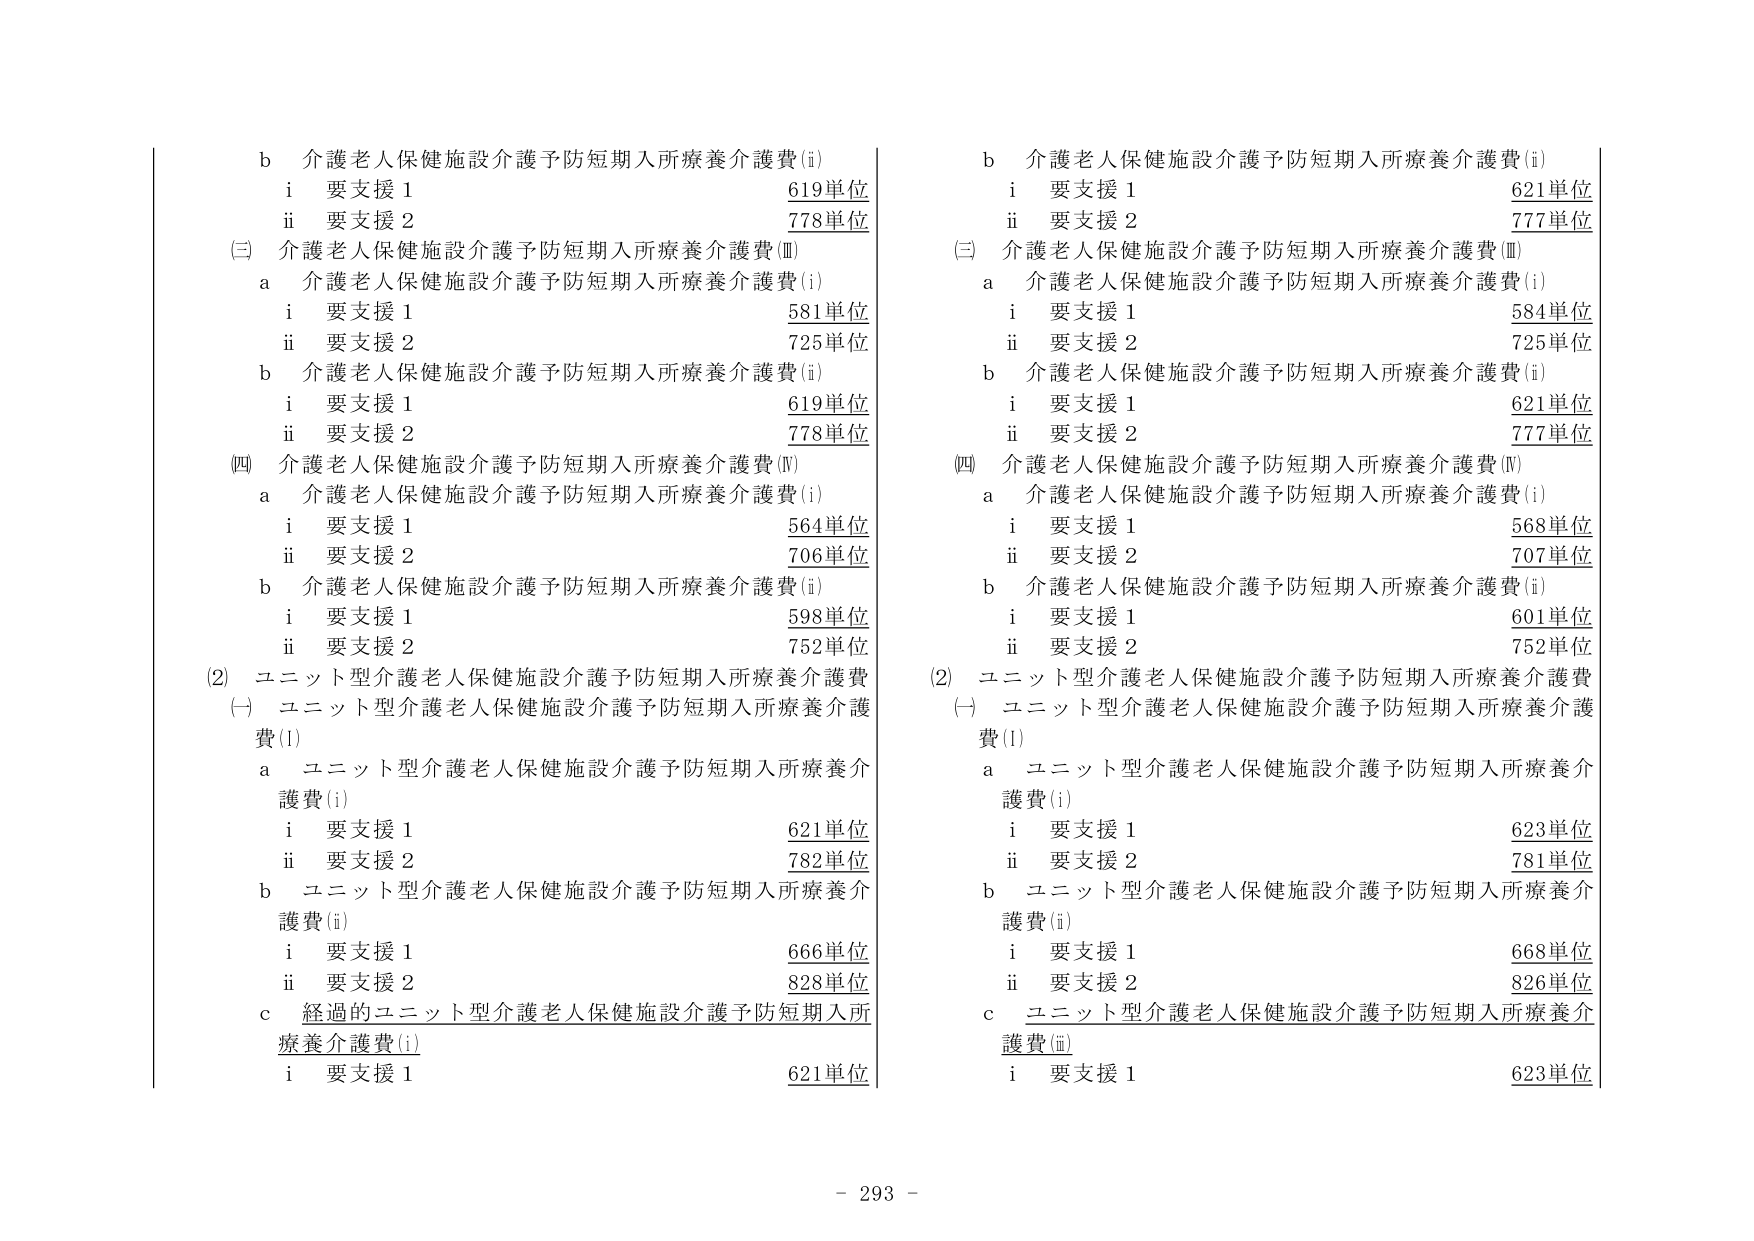
b 介護老人保健施設介護予防短期入所療養介護費(i)
　i 要支援1 619単位
　ii 要支援2 778単位
(三) 介護老人保健施設介護予防短期入所療養介護費(Ⅲ)
　a 介護老人保健施設介護予防短期入所療養介護費(i)
　　i 要支援1 581単位
　　ii 要支援2 725単位
　b 介護老人保健施設介護予防短期入所療養介護費(ii)
　　i 要支援1 619単位
　　ii 要支援2 778単位
(四) 介護老人保健施設介護予防短期入所療養介護費(Ⅳ)
　a 介護老人保健施設介護予防短期入所療養介護費(i)
　　i 要支援1 564単位
　　ii 要支援2 706単位
　b 介護老人保健施設介護予防短期入所療養介護費(ii)
　　i 要支援1 598単位
　　ii 要支援2 752単位
(2) ユニット型介護老人保健施設介護予防短期入所療養介護費
　(一) ユニット型介護老人保健施設介護予防短期入所療養介護費(I)
　　a ユニット型介護老人保健施設介護予防短期入所療養介護費(i)
　　　i 要支援1 621単位
　　　ii 要支援2 782単位
　　b ユニット型介護老人保健施設介護予防短期入所療養介護費(ii)
　　　i 要支援1 666単位
　　　ii 要支援2 828単位
　　c 経過的ユニット型介護老人保健施設介護予防短期入所療養介護費(i)
　　　i 要支援1 621単位

b 介護老人保健施設介護予防短期入所療養介護費(i)
　i 要支援1 621単位
　ii 要支援2 777単位
(三) 介護老人保健施設介護予防短期入所療養介護費(Ⅲ)
　a 介護老人保健施設介護予防短期入所療養介護費(i)
　　i 要支援1 584単位
　　ii 要支援2 725単位
　b 介護老人保健施設介護予防短期入所療養介護費(ii)
　　i 要支援1 621単位
　　ii 要支援2 777単位
(四) 介護老人保健施設介護予防短期入所療養介護費(Ⅳ)
　a 介護老人保健施設介護予防短期入所療養介護費(i)
　　i 要支援1 568単位
　　ii 要支援2 707単位
　b 介護老人保健施設介護予防短期入所療養介護費(ii)
　　i 要支援1 601単位
　　ii 要支援2 752単位
(2) ユニット型介護老人保健施設介護予防短期入所療養介護費
　(一) ユニット型介護老人保健施設介護予防短期入所療養介護費(I)
　　a ユニット型介護老人保健施設介護予防短期入所療養介護費(i)
　　　i 要支援1 623単位
　　　ii 要支援2 781単位
　　b ユニット型介護老人保健施設介護予防短期入所療養介護費(ii)
　　　i 要支援1 668単位
　　　ii 要支援2 826単位
　　c ユニット型介護老人保健施設介護予防短期入所療養介護費(iii)
　　　i 要支援1 623単位

- 293 -